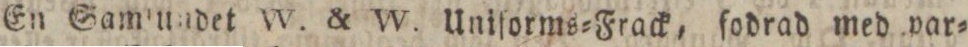
En Samlundet W. & W. Uniſorms=Frack, fodrad med var=